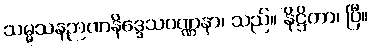
သမ္မသနဉာဏနိဒ္ဒေသဝဏ္ဏနာ၊ သည်။ နိဋ္ဌိတာ၊ ပြီ။